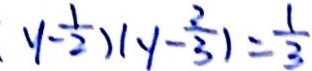
y - \frac { 1 } { 2 } ) ( y - \frac { 2 } { 3 } ) = \frac { 1 } { 3 }